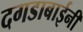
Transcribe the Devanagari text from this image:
दगडाबाईनी